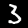
Label: 3